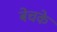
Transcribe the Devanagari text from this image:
बेचके